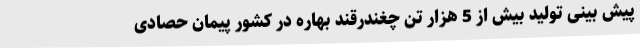
پیش بینی تولید بیش از 5 هزار تن چغندرقند بهاره در کشور پیمان حصادی